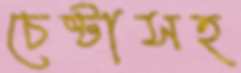
চেষ্টাসহ